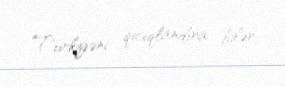
Türkiyəni qıcıqlandıra bilər.